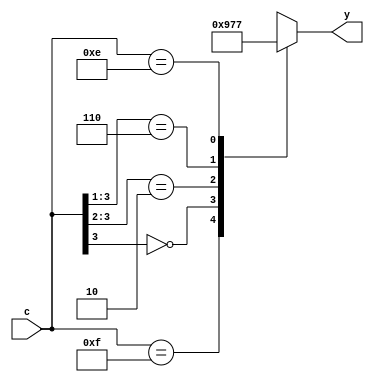
module encoder_4to_hight0(
   input wire [3:0] c,
   output reg [2:0] y
);
always @*
   casez(c)
	4'b1111: y=000;
	4'b0???: y=100;
	4'b10??: y=101;
	4'b110?: y=110;
	4'b1110: y=111;
    endcase
endmodule
// testbench
module testbench_encoder_4to_hight0;
    reg [3:0] a;
    wire [2:0] b;
encoder_4to_hight0 uut(.c(a),.y(b));
    initial
    begin
	 a=4'b1111;
	 #200;
	 a=4'b0001;
	 #200;
	 a=4'b0010;
	 #200;
	 a=4'b1000;
	 #200;
	 a=4'b1001;
	 #200;
	 a=4'b1100;
	 #200;
	 a=4'b1101;
	 #200;
	 a=4'b1110;
	 #200;
	 $stop;
     end
endmodule